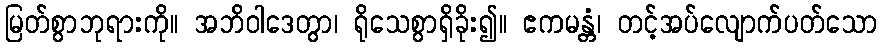
မြတ်စွာဘုရားကို။ အဘိဝါဒေတွာ၊ ရိုသေစွာရှိခိုး၍။ ဧကမန္တံ၊ တင့်အပ်လျောက်ပတ်သော